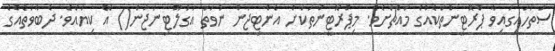
ސަތަހައިގައިވާ ޕްރޮޓީންތަކެއްގެ މައްޗަށެވެ. މިޕްރޮޓީންތަކަށް އެންޓިޖަން ނުވަތަ އަގުލޫޓިނަޖަން() އޭ ކިޔައެވެ. ދެބާވަތެއްގެ